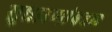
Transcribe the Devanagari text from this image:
सुधारणांबद्दल